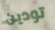
تودين